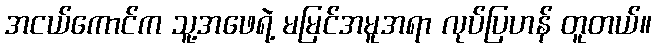
အငယ်ကောင်က သူ့အဖေရဲ့ မမြင်အမူအရာ လုပ်ပြဟန် တူတယ်။